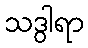
သဒွါရာ